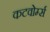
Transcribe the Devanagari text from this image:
कटवोर्म्स